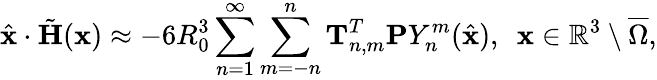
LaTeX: \hat{\mathbf{x}}\cdot\tilde{\mathbf H}(\mathbf{x})\approx-6R_{0}^{3}\sum_{n=1}^{\infty}\sum_{m=-n}^{n}\mathbf T_{n,m}^{T}\mathbf{P}Y_{n}^{m}(\hat{\mathbf{x}}),~~\mathbf{x}\in\mathbb{R}^{3}\setminus\overline{\Omega},